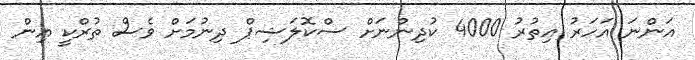
އަންނަ އަހަރު އިތުރު 4000 ކުދިންނަށް ސްކޮލަޝިޕް ދިނުމަށް ވެސް ތުރްކީ އިން